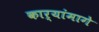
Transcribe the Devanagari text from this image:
कार्यांमागे